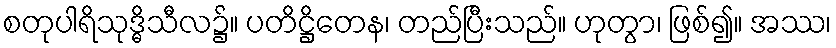
စတုပါရိသုဒ္ဓိသီလ၌။ ပတိဋ္ဌိတေန၊ တည်ပြီးသည်။ ဟုတွာ၊ ဖြစ်၍။ အဿ၊